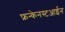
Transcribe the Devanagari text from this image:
फ्रन्केनस्टआईन